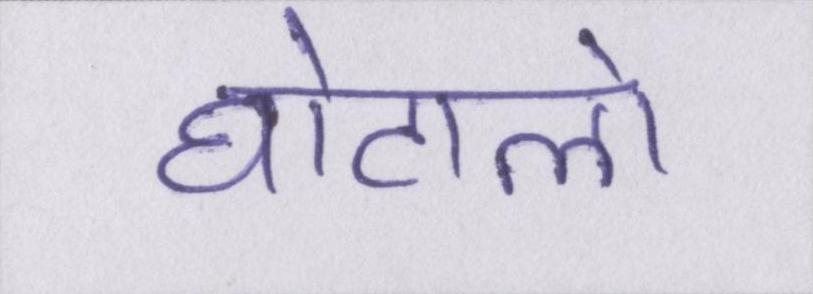
घोटालो